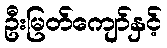
ဦးမြတ်ကျော်နှင့်